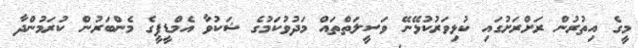
މީގެ އިތުރުން ރަށްރަށުގައި ކުޅިވަރުކުޅޭނޭ ވަސީލަތްތައް މަދުވުކަމުގެ ޝަކުވާ އެމްޑީޕީގެ މެންބަރުން ކުރަމުންދާ